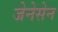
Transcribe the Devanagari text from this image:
जेनेसेन